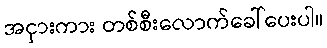
အငှားကား တစ်စီးလောက်ခေါ်ပေးပါ။